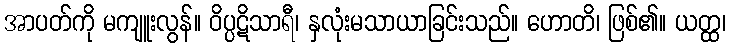
အာပတ်ကို မကျူးလွန်။ ဝိပ္ပဋိသာရီ၊ နှလုံးမသာယာခြင်းသည်။ ဟောတိ၊ ဖြစ်၏။ ယတ္ထ၊